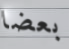
بعضا